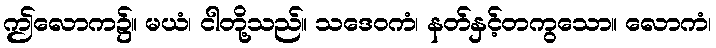
ဤလောက၌။ မယံ၊ ငါတို့သည်။ သဒေဝကံ၊ နတ်နှင့်တကွသော။ လောကံ၊